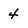
Character: 4